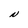
Character: N